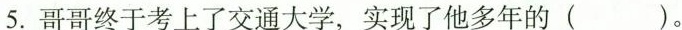
5.哥哥终于考上了交通大学，实现了他多年的( )。